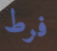
فرط